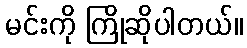
မင်းကို ကြိုဆိုပါတယ်။